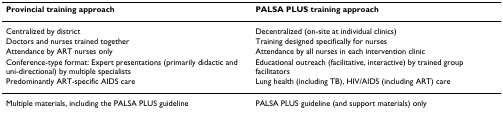
| Provincial training approach | PALSA PLUS training approach |
 | --- | --- |
 | Centralized by district | Decentralized (on-site at individual clinics) |
 | Doctors and nurses trained together | Training designed specifically for nurses |
 | Attendance by ART nurses only | Attendance by all nurses in each intervention clinic |
 | Conference-type format: Expert presentations (primarily didactic and uni-directional) by multiple specialists | Educational outreach (facilitative, interactive) by trained group facilitators |
 | Predominantly ART-specific AIDS care | Lung health (including TB), HIV/AIDS (including ART) care |
 | Multiple materials, including the PALSA PLUS guideline | PALSA PLUS guideline (and support materials) only |